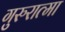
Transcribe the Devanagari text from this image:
गुरुरात्मा